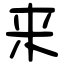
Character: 来